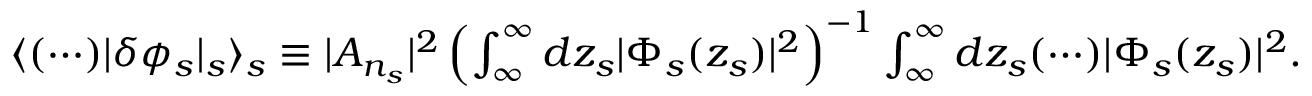
\begin{array} { r } { \langle ( \cdots ) \lvert \delta \phi _ { s } \rvert _ { s } \rangle _ { s } \equiv \lvert A _ { n _ { s } } \rvert ^ { 2 } \left( \int _ { \infty } ^ { \infty } d z _ { s } \lvert \Phi _ { s } ( z _ { s } ) \rvert ^ { 2 } \right) ^ { - 1 } \int _ { \infty } ^ { \infty } d z _ { s } ( \cdots ) \lvert \Phi _ { s } ( z _ { s } ) \rvert ^ { 2 } . } \end{array}